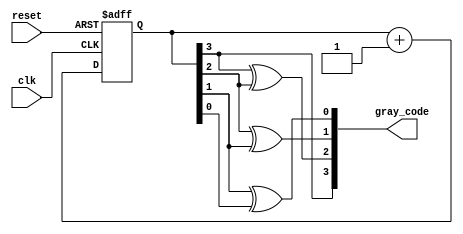
module gray_code_counter (
    input wire clk,            // Clock signal
    input wire reset,          // Asynchronous reset signal
    output reg [3:0] gray_code // Output Gray code (4 bits)
);

    reg [3:0] binary_count;    // Internal binary counter (4 bits)

    // Always block for counting
    always @(posedge clk or posedge reset) begin
        if (reset) begin
            binary_count <= 4'b0000; // Reset binary counter to 0
        end else begin
            binary_count <= binary_count + 1; // Increment binary counter
        end
    end

    // Always block for Gray code conversion
    always @(*) begin
        gray_code[3] = binary_count[3]; // MSB remains the same
        gray_code[2] = binary_count[3] ^ binary_count[2]; // XOR of MSB and next bit
        gray_code[1] = binary_count[2] ^ binary_count[1]; // XOR of next bits
        gray_code[0] = binary_count[1] ^ binary_count[0]; // XOR of LSB and next bit
    end

endmodule